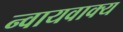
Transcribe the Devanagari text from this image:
न्वायवाक्य